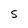
Character: 5